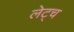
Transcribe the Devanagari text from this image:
लेट्च